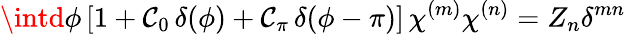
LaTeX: \intd\phi\, [1+\mathcal{C}_{0}\, \delta(\phi)+\mathcal{C}_{\pi}\, \delta(\phi-\pi)]\, \chi^{(m)}\chi^{(n)}=Z_{n}\delta^{mn}